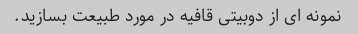
نمونه ای از دوبیتی قافیه در مورد طبیعت بسازید.